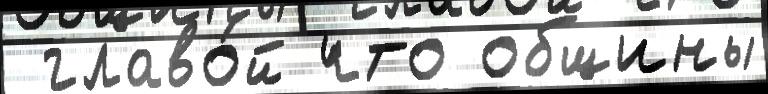
 главо́й что общины